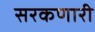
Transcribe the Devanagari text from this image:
सरकणारी